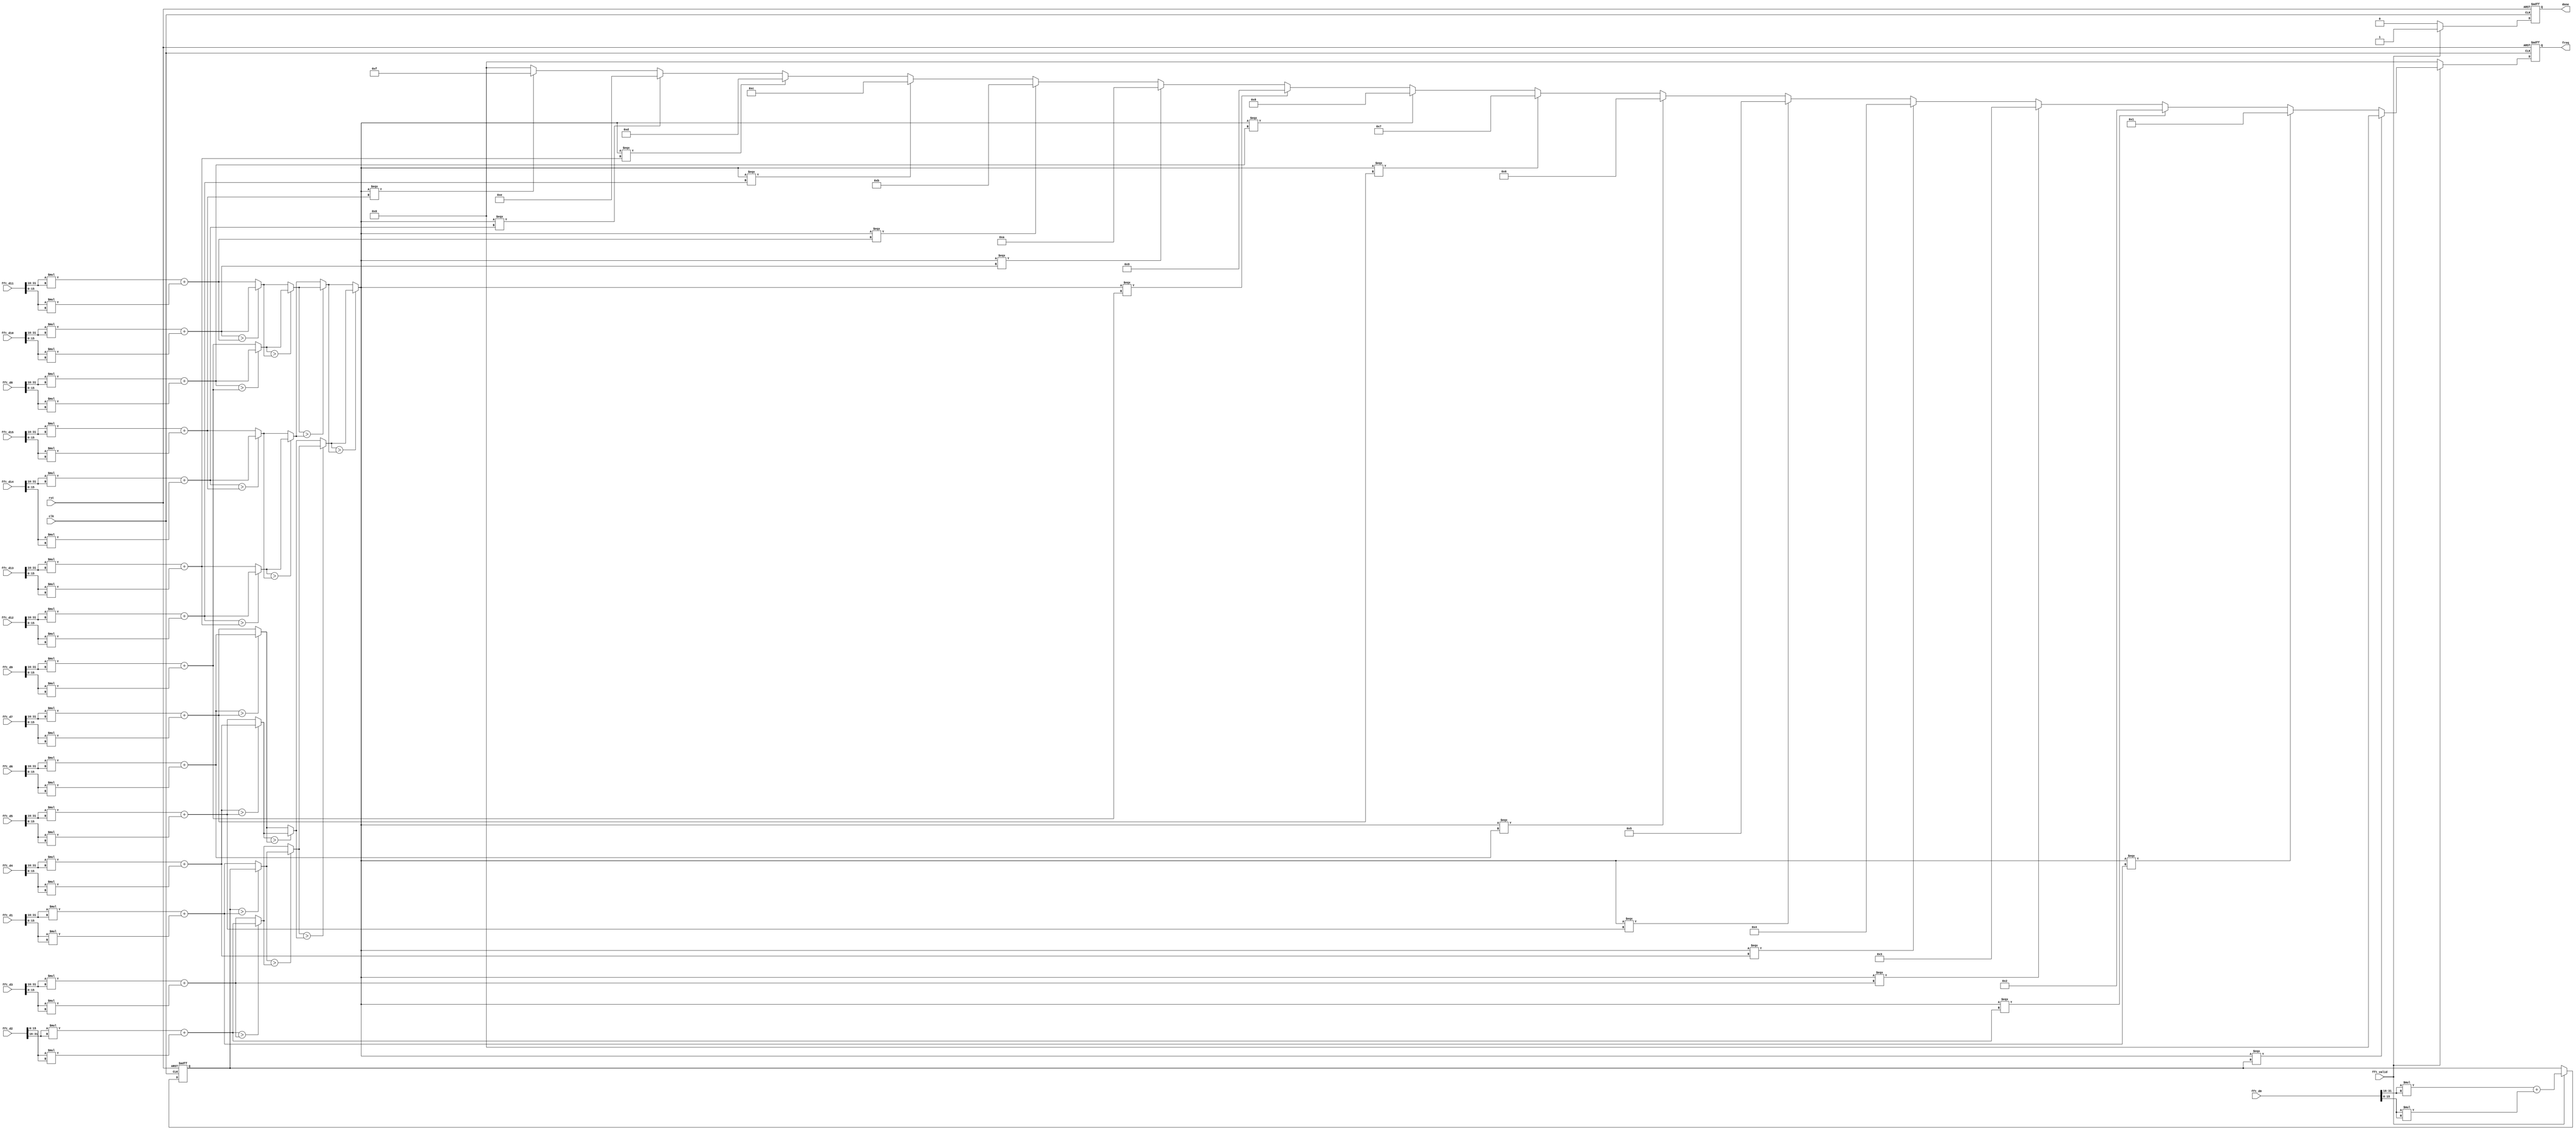
module Analysis(clk, rst, fft_valid, fft_d0, fft_d1, fft_d2, fft_d3, fft_d4, fft_d5, fft_d6, fft_d7, fft_d8, fft_d9, fft_d10, fft_d11, fft_d12, fft_d13, fft_d14, fft_d15, done, freq);
input clk, rst, fft_valid;
input signed [31:0] fft_d0, fft_d1, fft_d2, fft_d3, fft_d4, fft_d5, fft_d6, fft_d7, fft_d8, fft_d9, fft_d10, fft_d11, fft_d12, fft_d13, fft_d14, fft_d15;
output reg done;
output [3:0] freq;
integer k;
reg [3:0] n;
reg signed [31:0] a[15:0];
reg signed [31:0] max_level1_1,max_level1_2,max_level1_3,max_level1_4,max_level1_5,max_level1_6,max_level1_7,max_level1_8;
reg signed [31:0] max_level2_1,max_level2_2,max_level2_3,max_level2_4,max_level3_1,max_level3_2,max;


always @(posedge clk or posedge rst)
begin
    if(rst)
    begin
        done  <= 0;
        max <= 0;
        n <= 0;
        for(k = 0; k < 32; k = k+1) 
        begin
            a[k] <= 0;
        end
        max_level1_1 <= 0;max_level1_2 <= 0;max_level1_3 <= 0;max_level1_4 <= 0;
        max_level1_5 <= 0;max_level1_6 <= 0;max_level1_7 <= 0;max_level1_8 <= 0;
        max_level2_1 <= 0;max_level2_2 <= 0;max_level2_3 <= 0;max_level2_4 <= 0;
        max_level3_1 <= 0;max_level3_2 <= 0;max <= 0;
    end
    else if (fft_valid)
    begin  
        a[0] <= $signed(fft_d0[31:16])*$signed(fft_d0[31:16]) + $signed(fft_d0[15:0])*$signed(fft_d0[15:0]);
        a[1] = $signed(fft_d1[31:16])*$signed(fft_d1[31:16]) + $signed(fft_d1[15:0])*$signed(fft_d1[15:0]);
        a[2] = $signed(fft_d2[31:16])*$signed(fft_d2[31:16]) + $signed(fft_d2[15:0])*$signed(fft_d2[15:0]);
        a[3] = $signed(fft_d3[31:16])*$signed(fft_d3[31:16]) + $signed(fft_d3[15:0])*$signed(fft_d3[15:0]);
        a[4] = $signed(fft_d4[31:16])*$signed(fft_d4[31:16]) + $signed(fft_d4[15:0])*$signed(fft_d4[15:0]);
        a[5] = $signed(fft_d5[31:16])*$signed(fft_d5[31:16]) + $signed(fft_d5[15:0])*$signed(fft_d5[15:0]);
        a[6] = $signed(fft_d6[31:16])*$signed(fft_d6[31:16]) + $signed(fft_d6[15:0])*$signed(fft_d6[15:0]);
        a[7] = $signed(fft_d7[31:16])*$signed(fft_d7[31:16]) + $signed(fft_d7[15:0])*$signed(fft_d7[15:0]);
        a[8] = $signed(fft_d8[31:16])*$signed(fft_d8[31:16]) + $signed(fft_d8[15:0])*$signed(fft_d8[15:0]);
        a[9] = $signed(fft_d9[31:16])*$signed(fft_d9[31:16]) + $signed(fft_d9[15:0])*$signed(fft_d9[15:0]);
        a[10] = $signed(fft_d10[31:16])*$signed(fft_d10[31:16]) + $signed(fft_d10[15:0])*$signed(fft_d10[15:0]);
        a[11] = $signed(fft_d11[31:16])*$signed(fft_d11[31:16]) + $signed(fft_d11[15:0])*$signed(fft_d11[15:0]);
        a[12] = $signed(fft_d12[31:16])*$signed(fft_d12[31:16]) + $signed(fft_d12[15:0])*$signed(fft_d12[15:0]);
        a[13] = $signed(fft_d13[31:16])*$signed(fft_d13[31:16]) + $signed(fft_d13[15:0])*$signed(fft_d13[15:0]);
        a[14] = $signed(fft_d14[31:16])*$signed(fft_d14[31:16]) + $signed(fft_d14[15:0])*$signed(fft_d14[15:0]);
        a[15] = $signed(fft_d15[31:16])*$signed(fft_d15[31:16]) + $signed(fft_d15[15:0])*$signed(fft_d15[15:0]);
        
        max_level1_1 = a[0]>a[1]?a[0]:a[1];
        max_level1_2 = a[2]>a[3]?a[2]:a[3];
        max_level1_3 = a[4]>a[5]?a[4]:a[5];
        max_level1_4 = a[6]>a[7]?a[6]:a[7];
        max_level1_5 = a[8]>a[9]?a[8]:a[9];
        max_level1_6 = a[10]>a[11]?a[10]:a[11];
        max_level1_7 = a[12]>a[13]?a[12]:a[13];
        max_level1_8 = a[14]>a[15]?a[14]:a[15];
        max_level2_1 = max_level1_1>max_level1_2?max_level1_1:max_level1_2;
        max_level2_2 = max_level1_3>max_level1_4?max_level1_3:max_level1_4;
        max_level2_3 = max_level1_5>max_level1_6?max_level1_5:max_level1_6;
        max_level2_4 = max_level1_7>max_level1_8?max_level1_7:max_level1_8;
        max_level3_1 = max_level2_1>max_level2_2?max_level2_1:max_level2_2;
        max_level3_2 = max_level2_3>max_level2_4?max_level2_3:max_level2_4;
        max = max_level3_1>max_level3_2?max_level3_1:max_level3_2;

        n = max===a[0]?4'b0000:(max===a[1]?4'b0001:(max===a[2])?4'b0010:(max===a[3])?4'b0011:(max===a[4])?4'b0100:(max===a[5])?4'b0101:(max===a[6])?4'b0110:(max===a[7])?4'b0111:(max===a[8])?4'b1000:(max===a[9])?4'b1001:(max===a[10])?4'b1010:(max===a[11])?4'b1011:(max===a[12])?4'b1100:(max===a[13])?4'b1101:(max===a[14])?4'b1110:(max===a[15])?4'b1111:0);
        done = 1;
    end
    else
    begin
        done  <= 0;
        max <= 0;
        n <= 0;
    end
end

assign freq = n;

endmodule